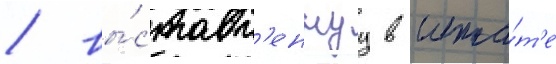
/ вы́ставл'еннуу в шта́т'е